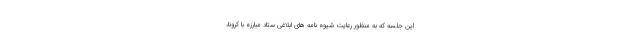
این جلسه که به منظور رعایت شیوه نامه های ابلاغی ستاد مبارزه با کرونا،